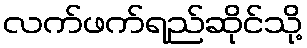
လက်ဖက်ရည်ဆိုင်သို့